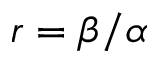
r = \beta / \alpha